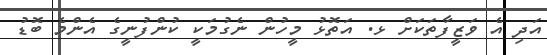
އަދި އެ ވަޒީފާތަކަށް ޅ. އަތޮޅު މީހުން ނެގުމަކީ ކުންފުނީގެ އެންމެ ބޮޑު